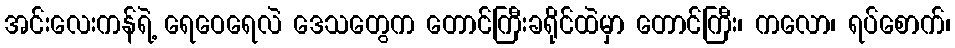
အင်းလေးကန်ရဲ့ ရေဝေရေလဲ ဒေသတွေက တောင်ကြီးခရိုင်ထဲမှာ တောင်ကြီး၊ ကလော၊ ရပ်စောက်၊